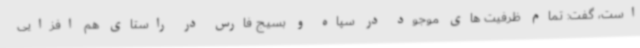
است، گفت: تمام ظرفیت های موجود در سپاه و بسیج فارس در راستای هم افزایی